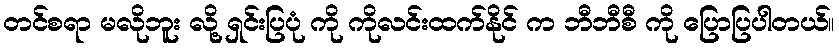
တင်စရာ မလိုဘူး လို့ ရှင်းပြပုံ ကို ကိုလင်းထက်နိုင် က ဘီဘီစီ ကို ပြောပြပါတယ်။